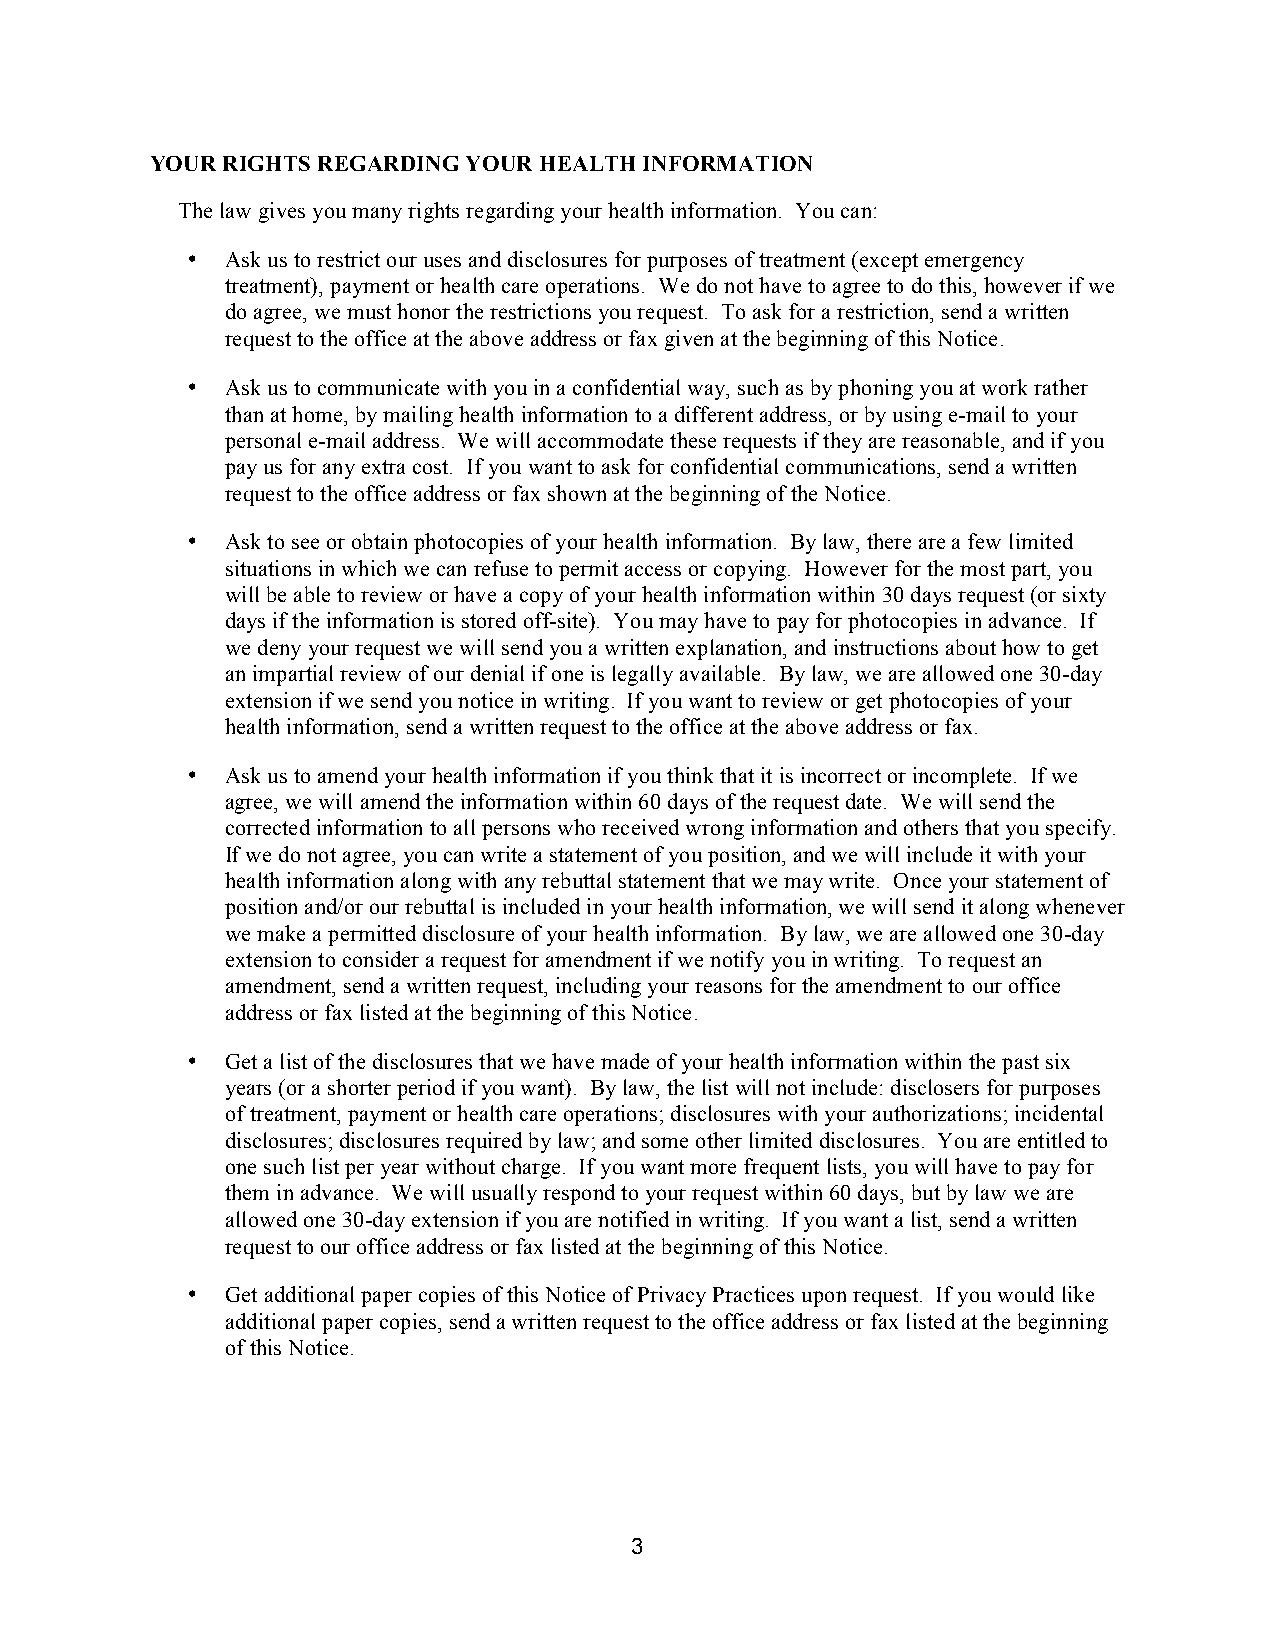
YOUR RIGHTS REGARDING YOUR HEALTH INFORMATION
 The law gives you many rights regarding your health information. You can:
 •  Ask us to restrict our uses and disclosures for purposes of treatment (except emergency
 treatment), payment or health care operations. We do not have to agree to do this, however if we
 do agree, we must honor the restrictions you request. To ask for a restriction, send a written
 request to the office at the above address or fax given at the beginning of this Notice.
 •  Ask us to communicate with you in a confidential way, such as by phoning you at work rather
 than at home, by mailing health information to a different address, or by using e-mail to your
 personal e-mail address. We will accommodate these requests if they are reasonable, and if you
 pay us for any extra cost. If you want to ask for confidential communications, send a written
 request to the office address or fax shown at the beginning of the Notice.
 •  Ask to see or obtain photocopies of your health information. By law, there are a few limited
 situations in which we can refuse to permit access or copying. However for the most part, you
 will be able to review or have a copy of your health information within 30 days request (or sixty
 days if the information is stored off-site). You may have to pay for photocopies in advance. If
 we deny your request we will send you a written explanation, and instructions about how to get
 an impartial review of our denial if one is legally available. By law, we are allowed one 30-day
 extension if we send you notice in writing. If you want to review or get photocopies of your
 health information, send a written request to the office at the above address or fax.
 •  Ask us to amend your health information if you think that it is incorrect or incomplete. If we
 agree, we will amend the information within 60 days of the request date. We will send the
 corrected information to all persons who received wrong information and others that you specify.
 If we do not agree, you can write a statement of you position, and we will include it with your
 health information along with any rebuttal statement that we may write. Once your statement of
 position and/or our rebuttal is included in your health information, we will send it along whenever
 we make a permitted disclosure of your health information. By law, we are allowed one 30-day
 extension to consider a request for amendment if we notify you in writing. To request an
 amendment, send a written request, including your reasons for the amendment to our office
 address or fax listed at the beginning of this Notice.
 •  Get a list of the disclosures that we have made of your health information within the past six
 years (or a shorter period if you want). By law, the list will not include: disclosers for purposes
 of treatment, payment or health care operations; disclosures with your authorizations; incidental
 disclosures; disclosures required by law; and some other limited disclosures. You are entitled to
 one such list per year without charge. If you want more frequent lists, you will have to pay for
 them in advance. We will usually respond to your request within 60 days, but by law we are
 allowed one 30-day extension if you are notified in writing. If you want a list, send a written
 request to our office address or fax listed at the beginning of this Notice.
 •  Get additional paper copies of this Notice of Privacy Practices upon request. If you would like
 additional paper copies, send a written request to the office address or fax listed at the beginning
 of this Notice.
 3